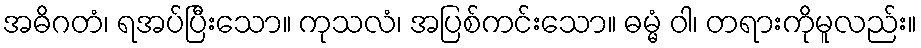
အဓိဂတံ၊ ရအပ်ပြီးသော။ ကုသလံ၊ အပြစ်ကင်းသော။ ဓမ္မံ ဝါ၊ တရားကိုမူလည်း။